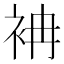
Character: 袡